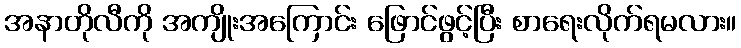
အနာတိုလီကို အကျိုးအကြောင်း ဖြောင်ဖွင့်ပြီး စာရေးလိုက်ရမလား။